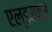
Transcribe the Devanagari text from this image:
एल्डरफर